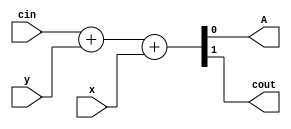
module gold
(
 input x,
 input y,
 input cin,

 output A,
 output cout
 );

`ifndef BUG
assign {cout,A} =  cin + y + x;
`else
assign {cout,A} =  cin - y * x;
`endif

endmodule